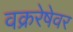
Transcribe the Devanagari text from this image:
वक्ररेषेवर